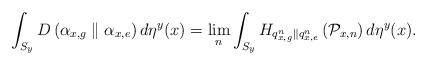
LaTeX: \begin{align*}\int_{S_{y}}D\left(\alpha_{x,g}\parallel\alpha_{x,e}\right)d\eta^{y}(x)=\lim_{n}\int_{S_{y}}H_{q_{x,g}^{n}\parallel q_{x,e}^{n}}\left(\mathcal{P}_{x,n}\right)d\eta^{y}(x).\end{align*}